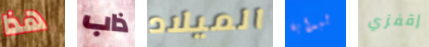
هذا ذاب الميلاد لبداية إقفزي